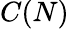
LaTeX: C(N)